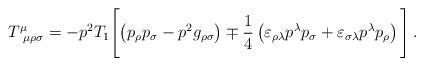
LaTeX: \begin{align*}T^{\mu}_{\ \mu\rho\sigma}=-p^{2}T_{1}\Biggl[\left(p_{\rho}p_{\sigma}-p^{2}g_{\rho\sigma}\right) \mp\frac{1}{4}\left( \varepsilon_{\rho\lambda}p^{\lambda}p_{\sigma}+\varepsilon_{\sigma\lambda}p^{\lambda}p_{\rho}\right)\Biggl] \, .\end{align*}